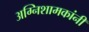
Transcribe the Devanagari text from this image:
अग्निशामकांनी